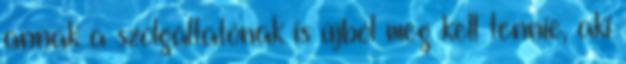
annak a szolgáltatónak is újból meg kell tennie, aki